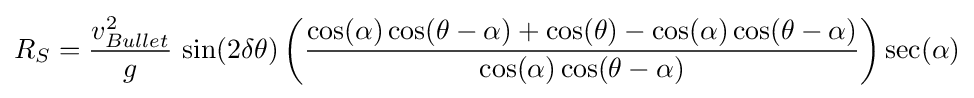
R_{S}={\frac {v_{Bullet}^{2}}{g}}\,\sin(2\delta \theta )\left({\frac {\cos(\alpha )\cos(\theta -\alpha )+\cos(\theta )-\cos(\alpha )\cos(\theta -\alpha )}{\cos(\alpha )\cos(\theta -\alpha )}}\right)\sec(\alpha )